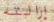
إزالته